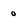
Character: 0